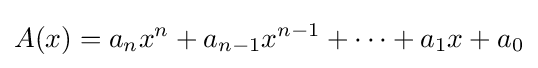
A(x)=a_{n}x^{n}+a_{n-1}x^{n-1}+\cdots +a_{1}x+a_{0}